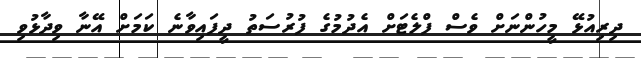
ދިރިއުޅޭ މީހުންނަށް ވެސް ފްލެޓަށް އެދުމުގެ ފުރުސަތު ދީފައިވާނެ ކަމަށް އޭނާ ވިދާޅުވި